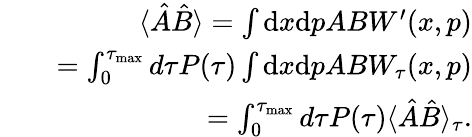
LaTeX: \begin{array}{rlr}&{}&{\langle\hat{A}\hat{B}\rangle=\int\mathrm{d}x\mathrm{d}pABW^{\prime}(x,p)}\\ &{}&{=\int_{0}^{\tau_{\mathrm{max}}}d\tau P(\tau)\int\mathrm{d}x\mathrm{d}pABW_{\tau}(x,p)}\\ &{}&{=\int_{0}^{\tau_{\mathrm{max}}}d\tau P(\tau)\langle\hat{A}\hat{B}\rangle_{\tau}.}\end{array}